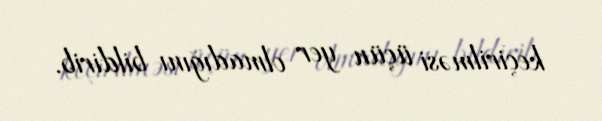
keçirilməsi üçün yer olmadığını bildirib.